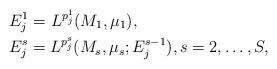
LaTeX: \begin{align*} &E_{j}^1 = L^{p_{j}^1}(M_1,\mu_1), \, \\& E_{j}^s = L^{p_{j}^s} (M_s,\mu_s;E_{j}^{s-1}), s=2,\ldots, S,\end{align*}